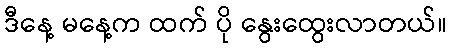
ဒီနေ့ မနေ့က ထက် ပို နွေးထွေးလာတယ်။